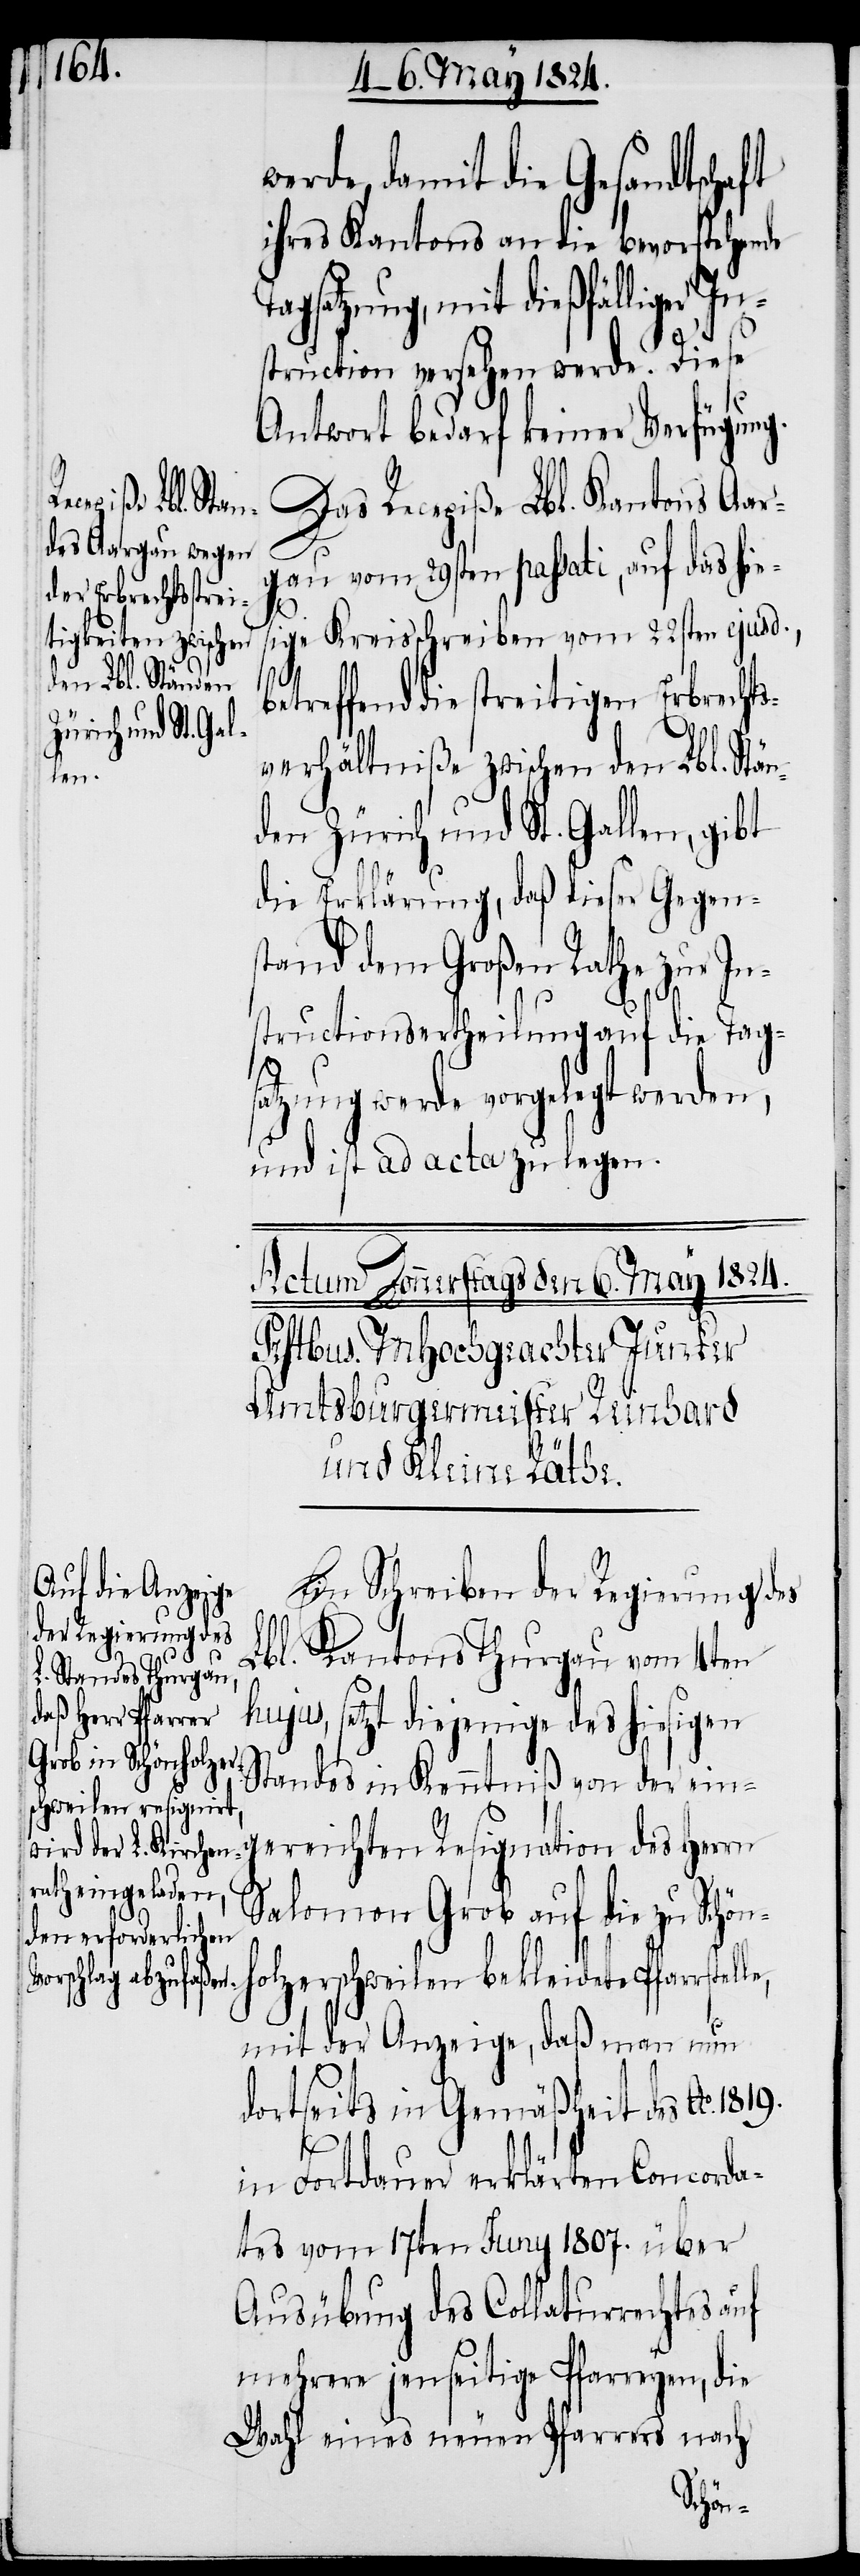
werde, damit die Gesandtschaft
ihres Kantons an die bevorstehende
mit dießfälliger In¬
struction versehen werde. Diese
Antwort bedarf keiner Verfügung.
Das Recepiße Lbl. Kantons Aar¬
gau vom 29sten passati, auf das hie¬
sige Kreisschreiben vom 22sten ejusd.,
1819.
betreffend die streitigen Erbrechts¬
verhältniße zwischen den Lbl. Stän¬
den Zürich und St. Gallen, gibt
die Erklärung, daß dieser Gegen¬
stand dem Großen Rathe zur In¬
structionsertheilung auf die Tag¬
satzung werde vorgelegt werden,
und ist ad acta zu legen.
Ein Schreiben der Regierung des
Lbl. Kantons Thurgau vom 4ten
hujus, setzt diejenige des hiesigen
Standes in Kenntniß von der ein¬
gereichten Resignation des Herrn
Salomon Grob auf die zu Schön¬
holzerschweilen bekleidete Pfarrstel¬
mit der Anzeige, daß man nun
dortseits in Gemäßheit des Ao.
in Fortdauer erklärten Concord¬
es vom 17ten Juny 1807. über
Ausübung des Collaturrechtes auf
mehrere jenseitige Pfarreyen, die
Wahl eines neuen Pfarrers nach